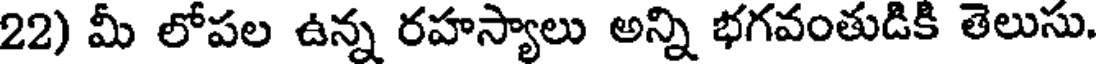
22) మీ లోపల ఉన్న రహస్యాలు అన్ని భగవంతుడికి తెలుసు,